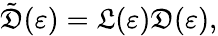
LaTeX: \tilde{\mathfrak{D}}(\varepsilon)=\mathfrak{L}(\varepsilon)\mathfrak{D}(\varepsilon),